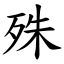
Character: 殊